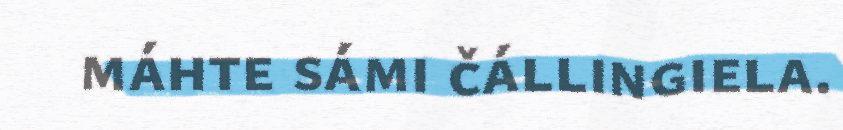
máhte sámi čállingiela.